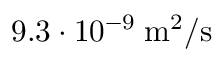
9 . 3 \cdot 1 0 ^ { - 9 } \; \mathrm { m } ^ { 2 } / \mathrm { s }